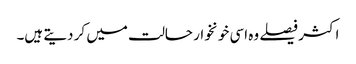
اکثر فیصلے وہ اسی خونخوار حالت میں کر دیتے ہیں۔